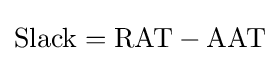
\mathrm {Slack} =\mathrm {RAT} -\mathrm {AAT}